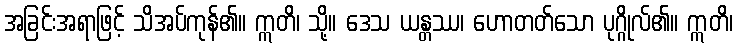
အခြင်းအရာဖြင့် သိအပ်ကုန်၏။ ဣတိ၊ သို့။ ဒေသ ယန္တဿ၊ ဟောတတ်သော ပုဂ္ဂိုလ်၏။ ဣတိ၊